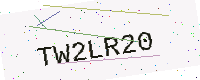
Text: TW2LR20